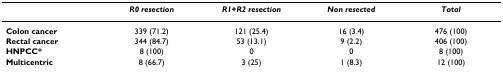
<table><thead><tr><td></td><td><b><i>R0 resection</i></b></td><td><b><i>R1+R2 resection</i></b></td><td><b><i>Non resected</i></b></td><td><b><i>Total</i></b></td></tr></thead><tbody><tr><td><b>Colon cancer</b></td><td>339 (71.2)</td><td>121 (25.4)</td><td>16 (3.4)</td><td>476 (100)</td></tr><tr><td><b>Rectal cancer</b></td><td>344 (84.7)</td><td>53 (13.1)</td><td>9 (2.2)</td><td>406 (100)</td></tr><tr><td><b>HNPCC*</b></td><td>8 (100)</td><td>0</td><td>0</td><td>8 (100)</td></tr><tr><td><b>Multicentric</b></td><td>8 (66.7)</td><td>3 (25)</td><td>1 (8.3)</td><td>12 (100)</td></tr></tbody></table>